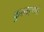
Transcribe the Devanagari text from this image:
कुरतड्णारे